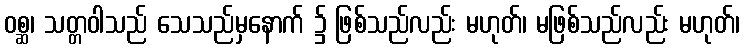
ဝစ္ဆ၊ သတ္တဝါသည် သေသည်မှနောက် ၌ ဖြစ်သည်လည်း မဟုတ်၊ မဖြစ်သည်လည်း မဟုတ်၊